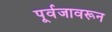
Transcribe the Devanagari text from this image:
पूर्वजावरून